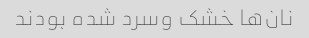
نان‌ها خشک وسرد شده بودند